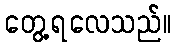
တွေ့ရလေသည်။